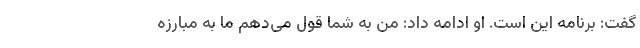
گفت: برنامه این است. او ادامه داد: من به شما قول می‌دهم ما به مبارزه